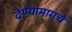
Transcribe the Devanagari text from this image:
देण्यामागचे